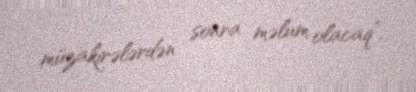
müzakirələrdən sonra məlum olacaq”.